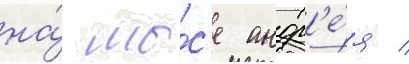
на́ мы́с'е андр'е́я /